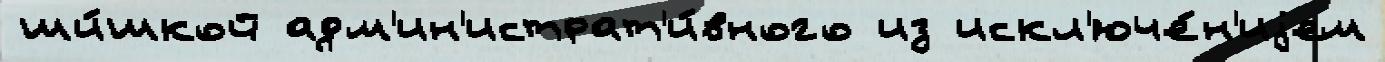
ши́шкой адм'ин'истрат'и́вного из искл'юче́н'иjем